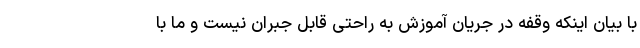
با بیان اینکه وقفه در جریان آموزش به راحتی قابل جبران نیست و ما با